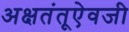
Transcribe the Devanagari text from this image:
अक्षतंतूऐवजी